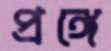
প্রঙ্গে